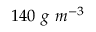
1 4 0 \ g \ m ^ { - 3 }